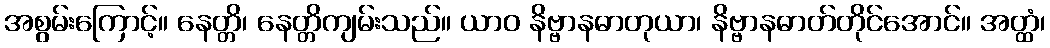
အစွမ်းကြောင့်။ နေတ္တိ၊ နေတ္တိကျမ်းသည်။ ယာဝ နိဗ္ဗာနဓာတုယာ၊ နိဗ္ဗာနဓာတ်တိုင်အောင်။ အတ္ထံ၊